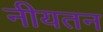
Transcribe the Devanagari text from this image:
नीयतन